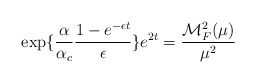
\begin{align*}\exp \{\frac{\alpha}{\alpha_c} \frac{1-e^{-\epsilon t}}{\epsilon}\} e^{2t}= \frac{{\cal M}_F^2(\mu)}{\mu^2}\end{align*}